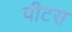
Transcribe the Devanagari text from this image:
पीटस